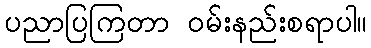
ပညာပြကြတာ ဝမ်းနည်းစရာပါ။